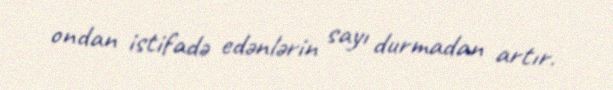
ondan istifadə edənlərin sayı durmadan artır.